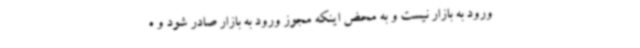
ورود به بازار نیست و به محض اینکه مجوز ورود به بازار صادر شود و ه